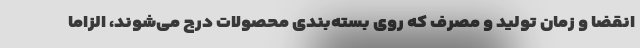
انقضا و زمان تولید و مصرف که روی بسته‌بندی محصولات درج می‌شوند، الزاما